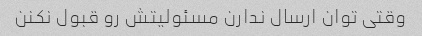
وقتی توان ارسال ندارن مسئولیتش رو قبول نکنن